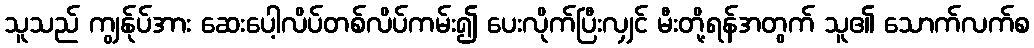
သူသည် ကျွန်ုပ်အား ဆေးပေါ့လိပ်တစ်လိပ်ကမ်း၍ ပေးလိုက်ပြီးလျှင် မီးတို့ရန်အတွက် သူ၏ သောက်လက်စ